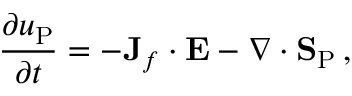
\frac { \partial u _ { \mathrm { P } } } { \partial t } = - { \bf J } _ { f } \cdot { \bf E } - \nabla \cdot { \bf S } _ { \mathrm { P } } \, ,